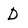
Character: D